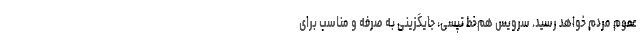
عموم مردم خواهد رسید. سرویس هم‌خط تپسی، جایگزینی به صرفه و مناسب برای